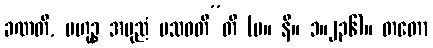
ခဏတိ, ဗဟုဉ္စ အပုညံ ပသဝတီ”တိ (မ။ နိ။ ၁။၂၃၆)။ တတော